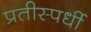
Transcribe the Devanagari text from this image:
प्रतीस्पर्धी